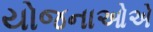
યોજનાઓએ